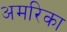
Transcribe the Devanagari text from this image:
अमरिका